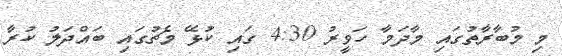
މި މުބާރާތުގައި މާދަމާ ހަވީރު 4:30 ގައި ކުޅޭ މެޗުގައި ބައްދަލު ކުރާ